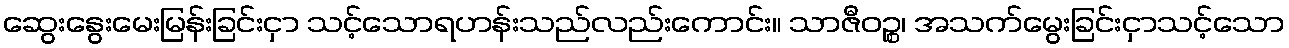
ဆွေးနွေးမေးမြန်းခြင်းငှာ သင့်သောရဟန်းသည်လည်းကောင်း။ သာဇီဝဉ္စ၊ အသက်မွေးခြင်းငှာသင့်သော